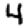
Digit: 4